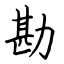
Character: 勘